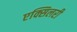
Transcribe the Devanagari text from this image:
एक्सिलरी